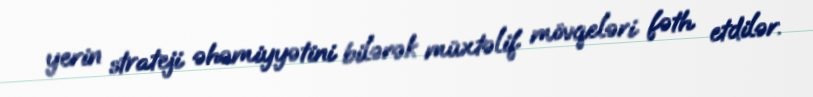
yerin strateji əhəmiyyətini bilərək müxtəlif mövqeləri fəth etdilər.